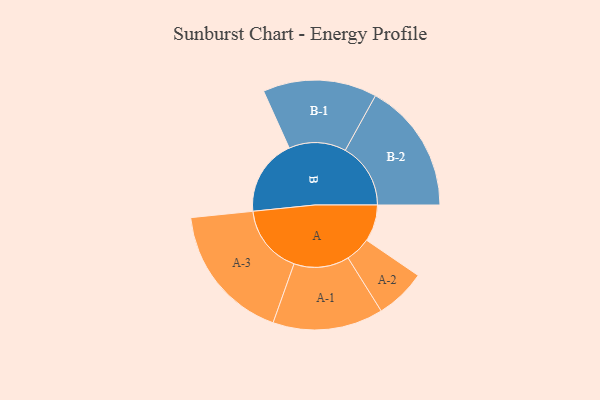
{"axis": {"x": "Segment", "y": "Value"}, "legend": ["", "A", "B"], "data": [{"x": "A", "y": 145, "type": ""}, {"x": "B", "y": 302, "type": ""}, {"x": "A-1", "y": 218, "type": "A"}, {"x": "A-2", "y": 100, "type": "A"}, {"x": "A-3", "y": 273, "type": "A"}, {"x": "B-1", "y": 225, "type": "B"}, {"x": "B-2", "y": 258, "type": "B"}]}